Report of an investigation into the causes of malaria in Bombay and the measures necessary for its control
Disease focus: Malaria
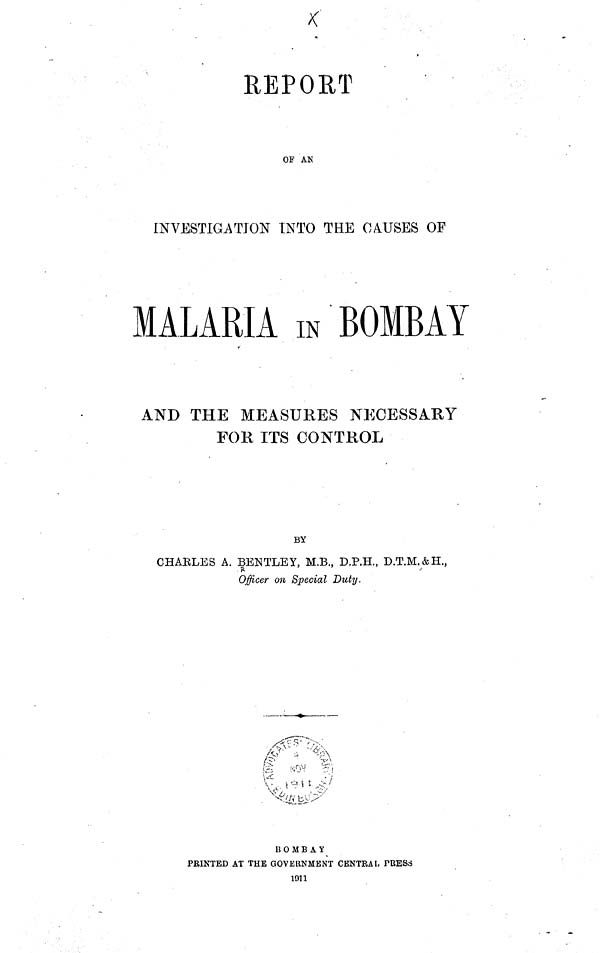
REPORT
OF AN
INVESTIGATION INTO THE CAUSES OF
MALARIA IN BOMBAY
AND THE MEASURES NECESSARY
FOR ITS CONTROL
BY
CHARLES A. BENTLEY, M.B., D.P.H., D.T.M.&H.,
Officer on Special Duty.
BOMBAY
PRINTED AT THE GOVERNMENT CENTRAL PRESS
1911